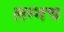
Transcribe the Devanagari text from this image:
लग्नच